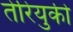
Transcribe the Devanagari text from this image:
तेरियुकी